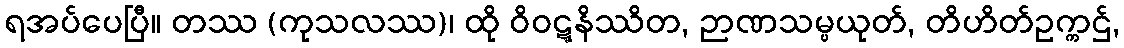
ရအပ်ပေပြီ။ တဿ (ကုသလဿ)၊ ထို ဝိဝဋ္ဋနိဿိတ, ဉာဏသမ္ပယုတ်, တိဟိတ်ဥက္ကဌ်,